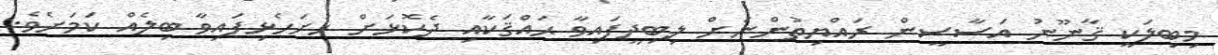
މިބިލަކީ ޤާނޫނު އަސާސީން ރައްޔިތުންނަށް ލިބިދީފައިވާ ޙައްޤަކާއި ދެކޮޅަށް ހުށަހެޅިފައިވާ ބިލެއް ކަމަށެވެ.